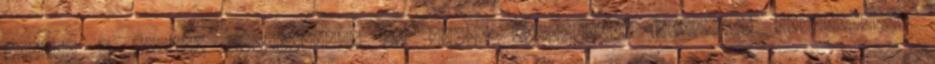
növeli a sperma mennyiségét és annak minőségét. Klinikai vizsgálatok